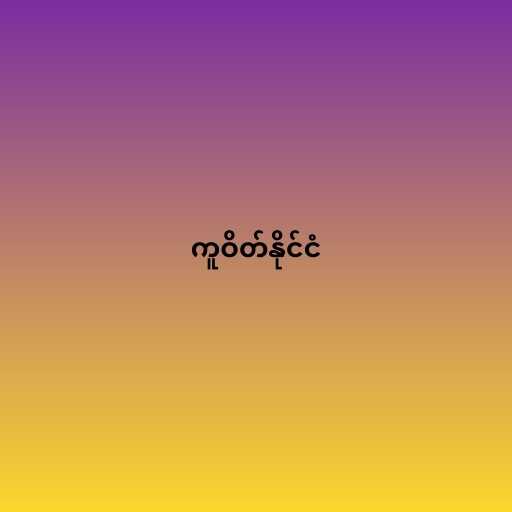
ကူဝိတ်နိုင်ငံ